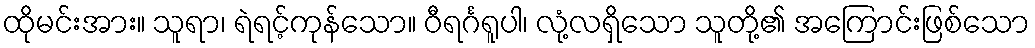
ထိုမင်းအား။ သူရာ၊ ရဲရင့်ကုန်သော။ ဝီရင်္ဂရူပါ၊ လုံ့လရှိသော သူတို့၏ အကြောင်းဖြစ်သော